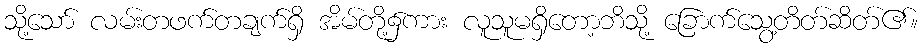
သို့သော် လမ်းတဖက်တချက်ရှိ အိမ်တို့၌ကား လူသူမရှိတော့ဘိသို့ ခြောက်သွေ့တိတ်ဆိတ်၏။